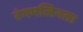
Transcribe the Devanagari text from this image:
रंगमलिनता